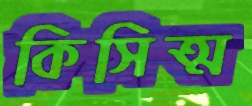
কিসিত্ম